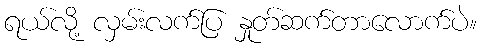
ရယ်လို့ လှမ်းလက်ပြ နှုတ်ဆက်တာလောက်ပဲ။